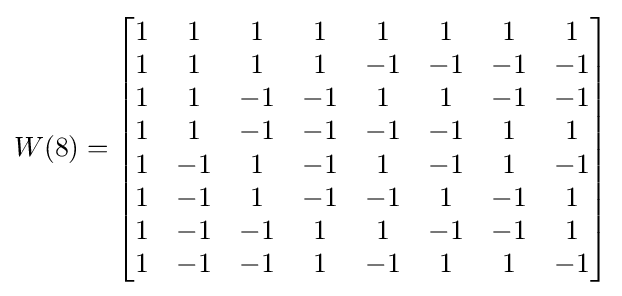
W(8)={\begin{bmatrix}1&1&1&1&1&1&1&1\\1&1&1&1&-1&-1&-1&-1\\1&1&-1&-1&1&1&-1&-1\\1&1&-1&-1&-1&-1&1&1\\1&-1&1&-1&1&-1&1&-1\\1&-1&1&-1&-1&1&-1&1\\1&-1&-1&1&1&-1&-1&1\\1&-1&-1&1&-1&1&1&-1\\\end{bmatrix}}